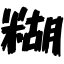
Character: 糊